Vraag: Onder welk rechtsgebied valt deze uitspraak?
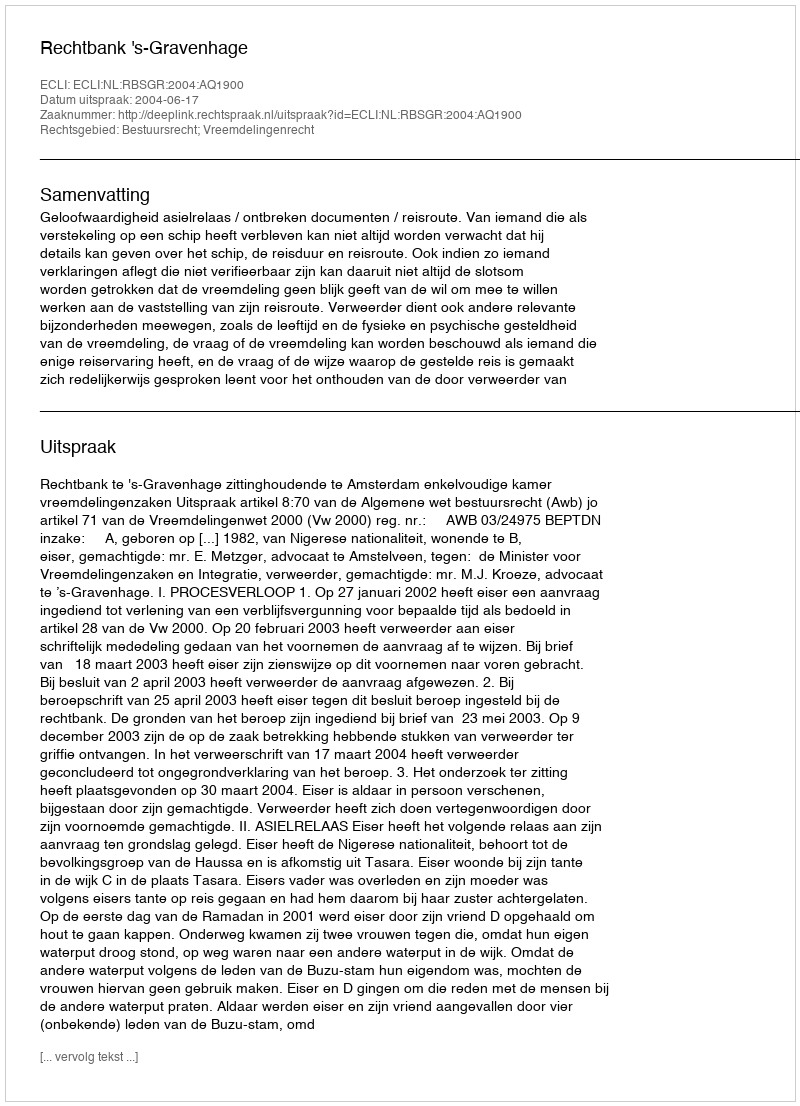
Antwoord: Bestuursrecht; Vreemdelingenrecht